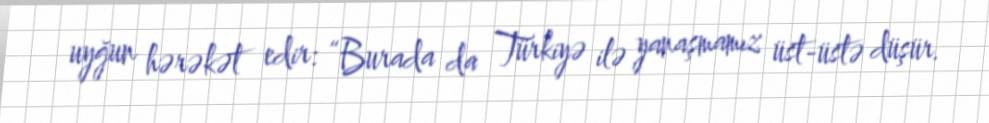
uyğun hərəkət edir: “Burada da Türkiyə ilə yanaşmamız üst-üstə düşür.